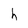
Character: h